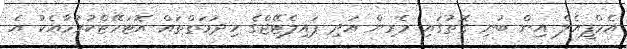
އެމްޕީއެލް އިން ބުނި ގޮތުގައި މެރިން އަދި ޕައިލެޓޭޖްގެ ހިދުމަތްތައް އޮޓަމޭޓްކުރުމާއެކު އެ